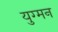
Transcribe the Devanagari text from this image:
युग्‍मन